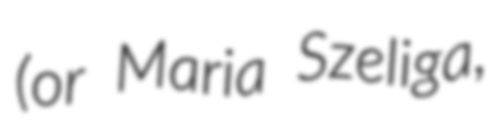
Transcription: (or Maria Szeliga,